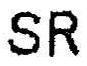
SR